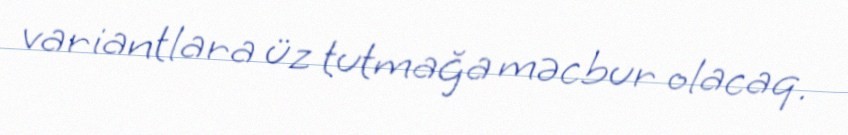
variantlara üz tutmağa məcbur olacaq.